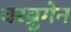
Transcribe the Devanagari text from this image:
वरब्रुगेन